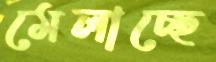
মেলাচ্ছে